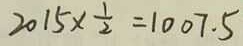
2 0 1 5 \times \frac { 1 } { 2 } = 1 0 0 7 . 5